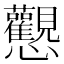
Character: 𢦉